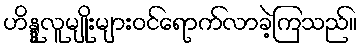
ဟိန္ဒူလူမျိုးများဝင်ရောက်လာခဲ့ကြသည်။